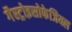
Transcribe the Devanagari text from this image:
गैस्ट्रोइसोफेजियल